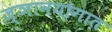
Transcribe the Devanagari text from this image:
ज्ञानयोगात